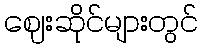
ဈေးဆိုင်များတွင်